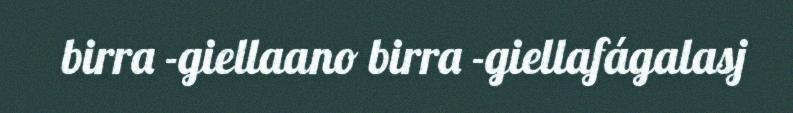
birra -giellaano birra -giellafágalasj